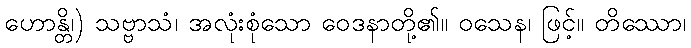
ဟောန္တိ၊) သဗ္ဗာသံ၊ အလုံးစုံသော ဝေဒနာတို့၏။ ဝသေန၊ ဖြင့်။ တိဿော၊